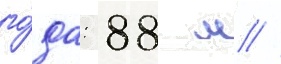
го́да: 88 м //